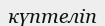
күптеліп